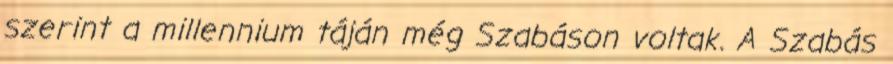
szerint a millennium táján még Szabáson voltak. A Szabás